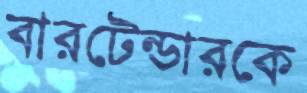
বারটেন্ডারকে